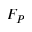
F _ { P }